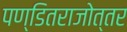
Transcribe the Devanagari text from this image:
पण्डितराजोत्तर